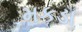
મકડા